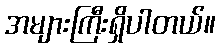
အများကြီးရှိပါတယ်။